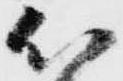
以